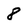
Character: 8